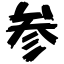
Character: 参